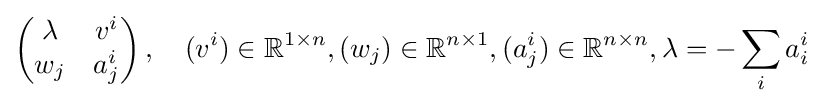
\left({\begin{matrix}\lambda &v^{i}\\w_{j}&a_{j}^{i}\end{matrix}}\right),\quad (v^{i})\in {\mathbb {R} }^{1\times n},(w_{j})\in {\mathbb {R} }^{n\times 1},(a_{j}^{i})\in {\mathbb {R} }^{n\times n},\lambda =-\sum _{i}a_{i}^{i}